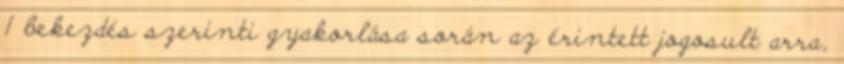
1 bekezdés szerinti gyakorlása során az érintett jogosult arra,